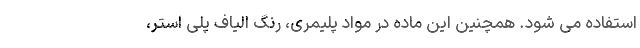
استفاده می شود. همچنین این ماده در مواد پلیمری، رنگ الیاف پلی استر،